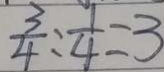
\frac { 3 } { 4 } : \frac { 1 } { 4 } = 3